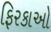
ફિરકાઓ